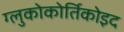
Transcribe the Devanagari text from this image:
ग्लुकोकोर्तिकोइद